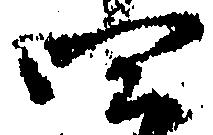
四